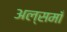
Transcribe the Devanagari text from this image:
अल्समाँ